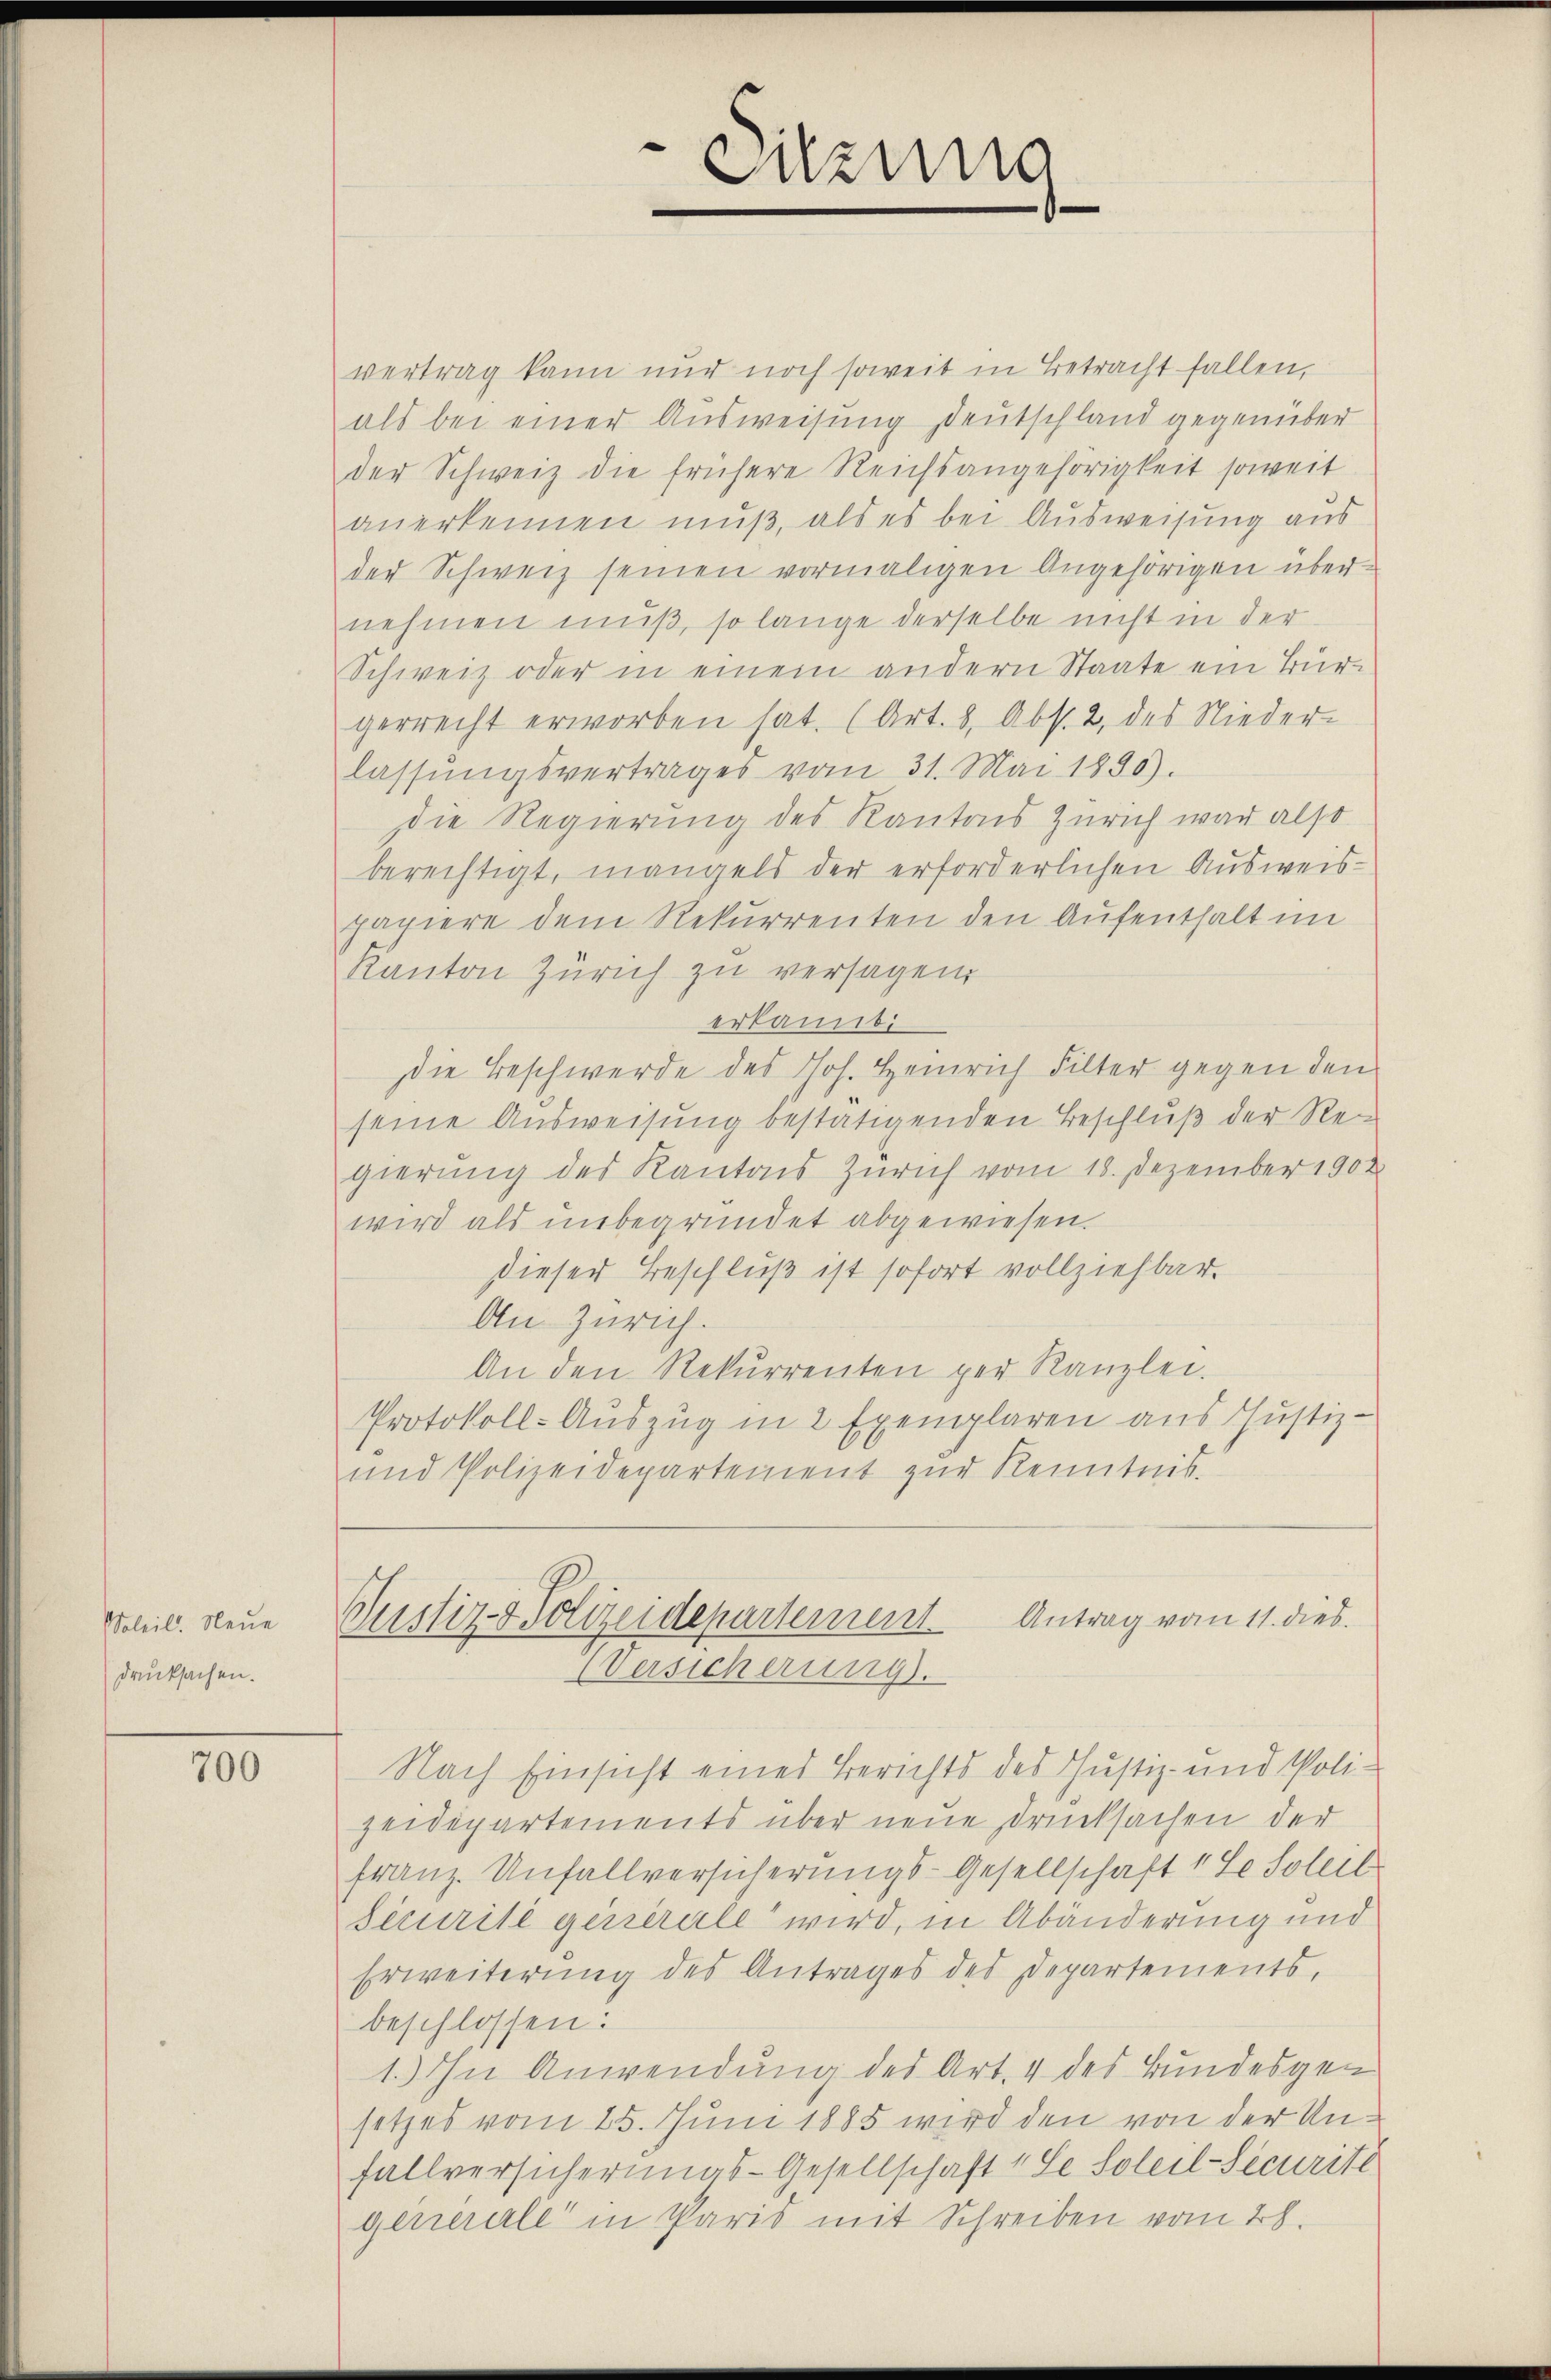
Soleil. Neue
drucksachen.

700

vertrag kann nur noch soweit in Betracht fallen,
als bei einer Ausweisung Deutschland gegenüber
der Schweiz die frühere Reichsangehörigkeit soweit
anerkennen muß, als es bei Ausweisung aus
der Schweiz seinen vormaligen Angehörigen übernehmen muß, so lange derselbe nicht in der
Schweiz oder in einem andern Staate ein Bürgerrecht erworben hat. (Art. 8, Abs. 2, des Nieder-
lassŭngsvertrages vom 31. Mai 1830).
die Regierung des Kantons Zürich war also
berechtigt, mangels der erforderlichen Ausweispapiere dem Rekurrenten den Aufenthalt im
Kanton Zürich zu versagen.
erkannti
Die Beschwerde des Joh. Heinrich Filter gegen den
seine Ausweisung bestätigenden Beschluß der Regierung des Kantons Zürich vom 18. Dezember 1902
wird als unbegründet abgewiesen.
dieser Beschluß ist sofort vollziehbar.
An Zürich.
An den Rekurrenten per Kanzlei.
Protokoll-Auszug in 2 Exemplaren aus Justiz-
und Polizeidepartement zur Kenntnis.

Sitzung

Clustiz- & Polizeidepartement Antrag vom 11. dies.
Versicherung.

Nach Einsicht eines Berichts des Justiz- und Polizeidepartements über neue Drucksachen der
franz. Unfallversicherungs-Gesellschaft 1 Se Soleil
Securite generale wird, in Abänderung und
Erweiterung des Antrages des Departements,
beschlossen:
1.) In Anwendung des Art. 4 des Bundesgesetzes vom 25. Juni 1885 wird den von der Unfallversicherungs-Gesellschaft 4 Se Soleil-Securitl
generall in Paris mit Schreiben vom 28.